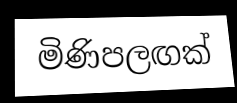
මිණිපලඟක්